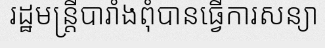
រដ្ឋមន្ត្រីបារាំងពុំបានធ្វើការសន្យា